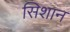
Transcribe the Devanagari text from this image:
सिशान